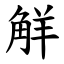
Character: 觧